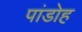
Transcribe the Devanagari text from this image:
पांडोह